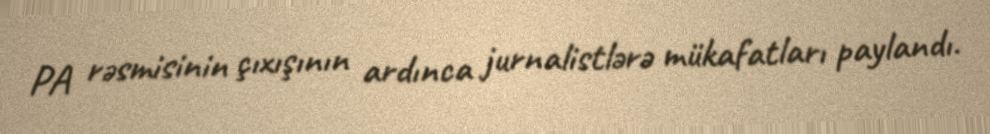
PA rəsmisinin çıxışının ardınca jurnalistlərə mükafatları paylandı.